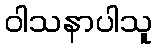
ဝါသနာပါသူ